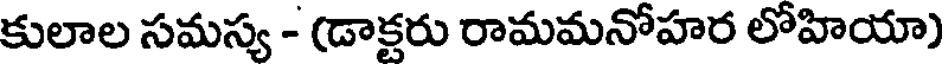
కులాల సమస్య - (డాక్టరు రామమనోహర లోహియా)